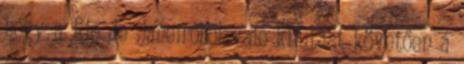
hogy a Rio de Janeiróból való kifutást követően a